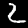
Digit: 2